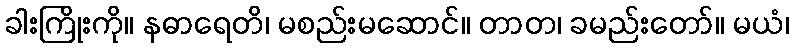
ခါးကြိုးကို။ နဓာရေတိ၊ မစည်းမဆောင်။ တာတ၊ ခမည်းတော်။ မယံ၊